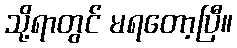
သို့ရာတွင် မရတော့ပြီ။